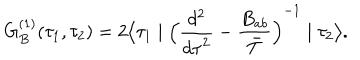
LaTeX: G _ { B } ^ { ( 1 ) } ( \tau _ { 1 } , \tau _ { 2 } ) = 2 \bigl \langle \tau _ { 1 } \mid { \Bigl ( { \frac { d ^ { 2 } } { { d \tau } ^ { 2 } } } - { \frac { B _ { a b } } { \bar { T } } } \Bigl ) } ^ { - 1 } \mid \tau _ { 2 } \bigr \rangle .